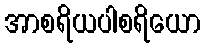
အာစရိယပါစရိယော